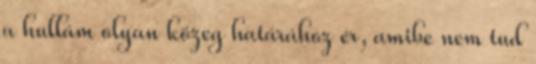
a hullám olyan közeg határához ér, amibe nem tud